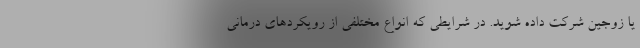
یا زوجین شرکت داده شوید. در شرایطی که انواع مختلفی از رویکردهای درمانی